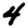
Digit: 4